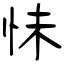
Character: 怽